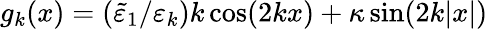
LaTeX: g_{k}(x)=(\tilde{\varepsilon}_{1}/\varepsilon_{k})k\cos(2kx)+\kappa\sin(2k|x|)